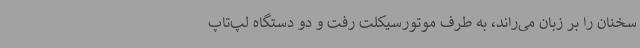
سخنان را بر زبان می‌راند، به طرف موتورسیکلت رفت و دو دستگاه لپ‌تاپ